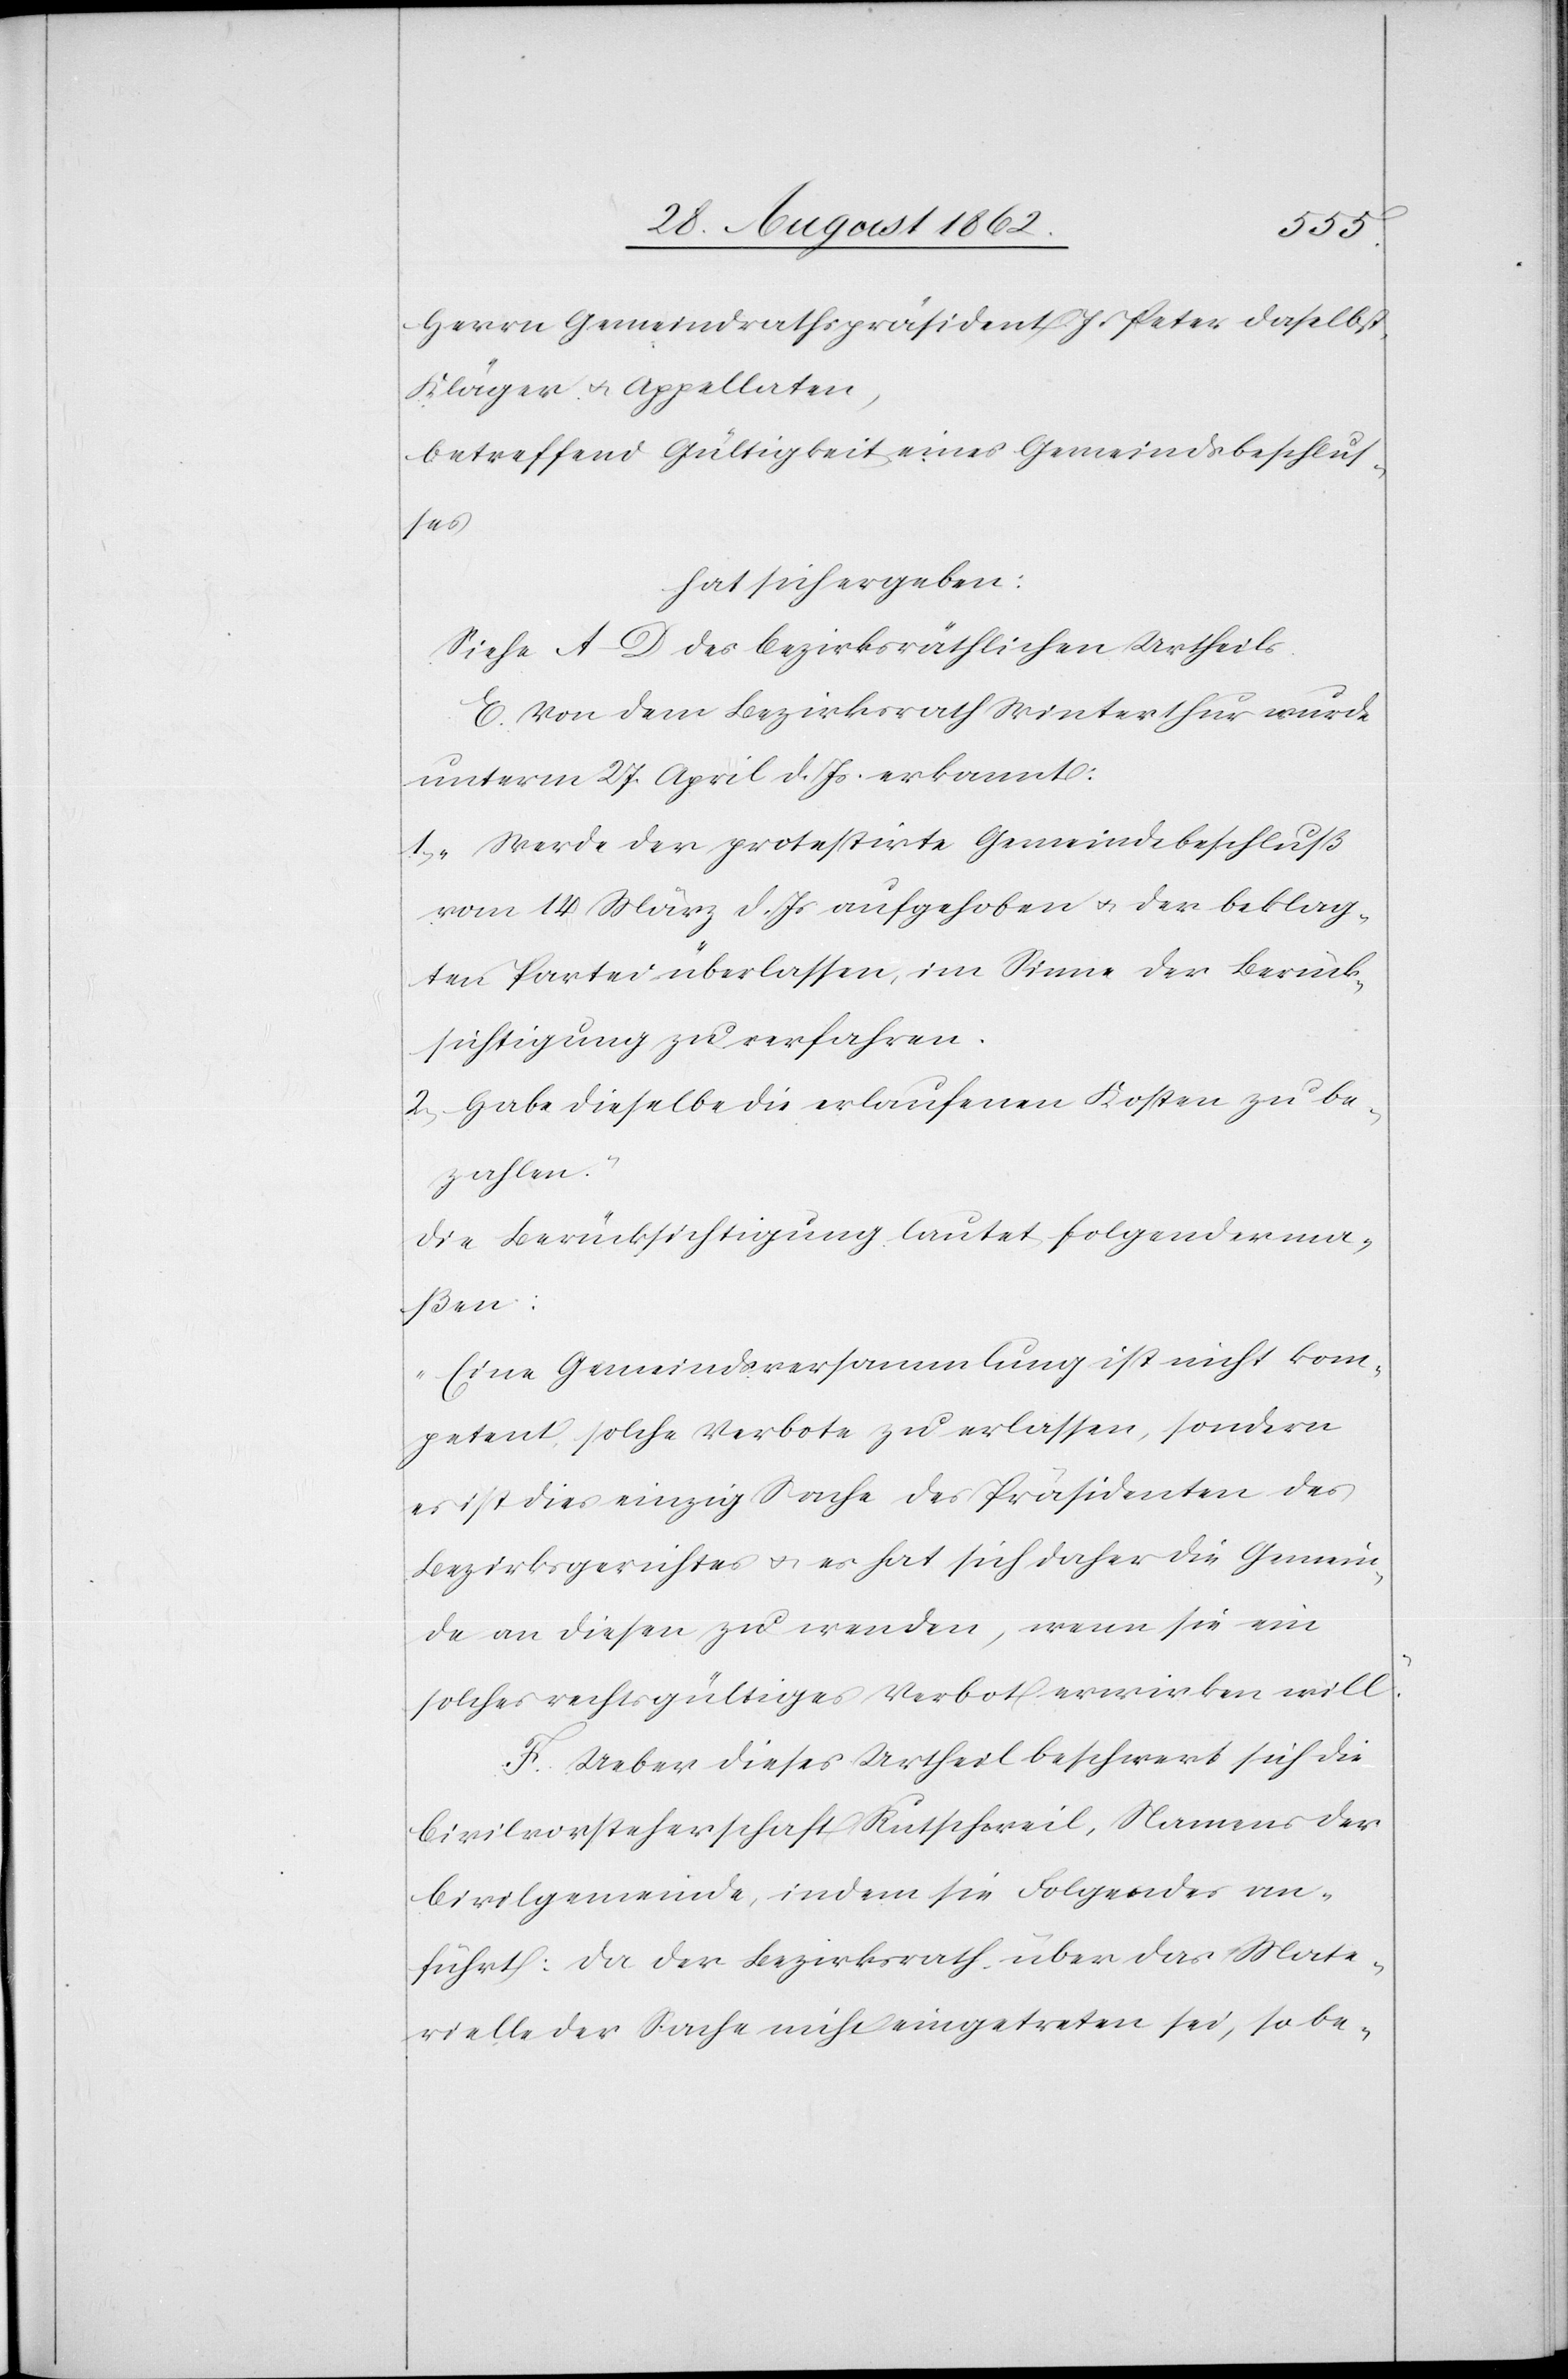
Herrn Gemeindrathspräsident J. Peter daselbst,
Kläger u. Appellaten,
betreffend Gültigkeit eines Gemeindsbeschlus¬
ses
hat sich ergeben:
Siehe A–D des bezirksräthlichen Urtheils.
E. Von dem Bezirksrath Winterthur wurde
unterm 27. April d. Js. erkannt:
1. „Werde der protestirte Gemeindebeschluß
vom 14. März d. Js. aufgehoben u. der beklag¬
ten Partei überlassen, im Sinne der Berück¬
sichtigung zu verfahren.
2. Habe dieselbe die erlaufenden Kosten zu be¬
zahlen.“
Die Berücksichtigung lautet folgenderma¬
ßen:
„Eine Gemeindsversammlung ist nicht kom¬
petent solche Verbote zu erlassen, sondern
es ist dies einzig Sache des Präsidenten des
Bezirksgerichtes u. es hat sich daher die Gemein¬
de an diesen zu wenden, wenn sie ein
solches rechtsgültiges Verbot erwirken will.“
F. Ueber dieses Urtheil beschwert sich die
Civilvorsteherschaft Rutschweil, Namens der
Civilgemeinde, indem sie Folgendes an¬
führt: Da der Bezirksrath über das Mate¬
rielle der Sache nicht eingetreten sei, so be-